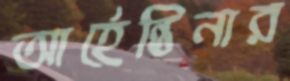
আর্হেন্তিনার